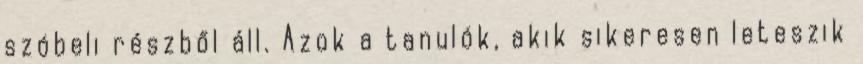
szóbeli részből áll. Azok a tanulók, akik sikeresen leteszik